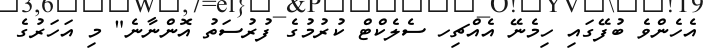
އެހެންވެ ބުފޭގައި ހިމެނޭ އެއްޗިހ ސެލެކްޓް ކުރުމުގެ ފުރުސަތު އޮންނާނެ" މި އަހަރުގެ